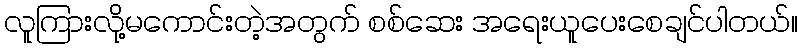
လူကြားလို့မကောင်းတဲ့အတွက် စစ်ဆေး အရေးယူပေးစေချင်ပါတယ်။